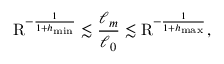
\mathrm { R } ^ { - \frac { 1 } { 1 + h _ { \operatorname* { m i n } } } } \lesssim \frac { \ell _ { m } } { \ell _ { 0 } } \lesssim \mathrm { R } ^ { - \frac { 1 } { 1 + h _ { \operatorname* { m a x } } } } ,